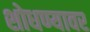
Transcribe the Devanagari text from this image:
शोधण्यावर